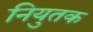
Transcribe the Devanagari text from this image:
नियुतक